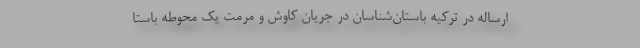
ارساله در ترکیه باستان‌شناسان در جریان کاوش و مرمت یک محوطه باستا